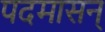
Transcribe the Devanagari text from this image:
पदमासन्